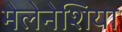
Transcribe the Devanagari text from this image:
मेलेनेशिया